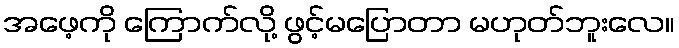
အဖေ့ကို ကြောက်လို့ ဖွင့်မပြောတာ မဟုတ်ဘူးလေ။